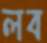
লব